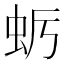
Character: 𮓺